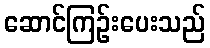
ဆောင်ကြဉ်းပေးသည်